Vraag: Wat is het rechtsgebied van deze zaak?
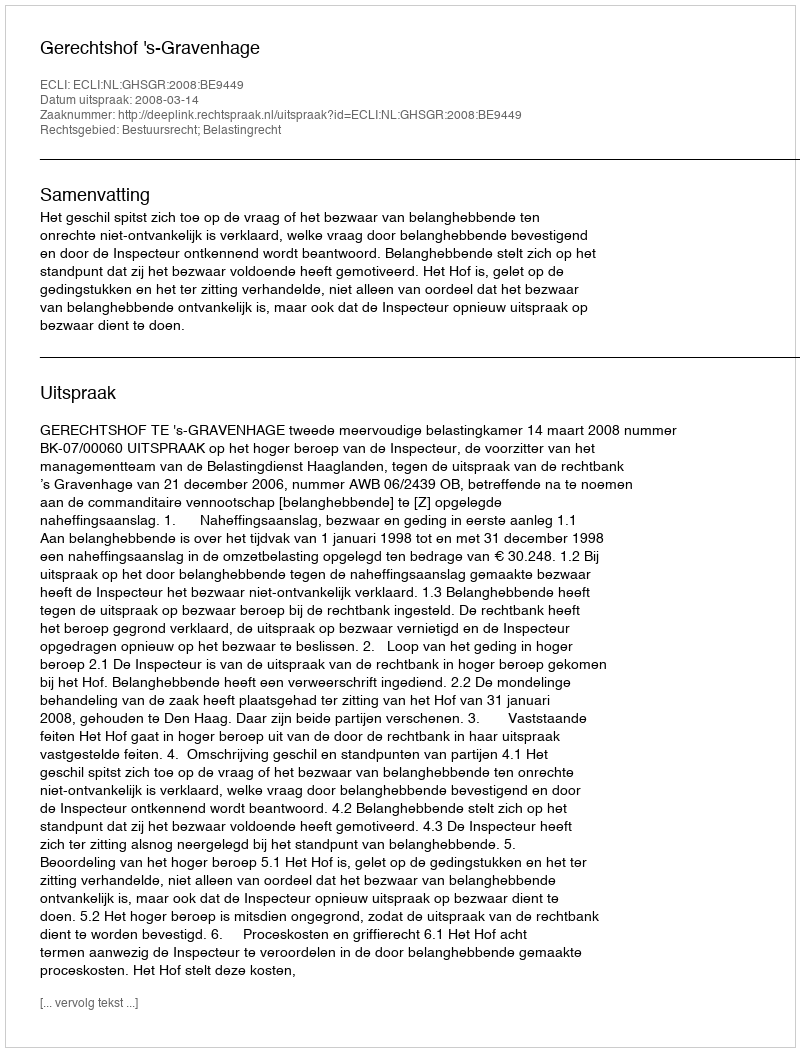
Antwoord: Bestuursrecht; Belastingrecht